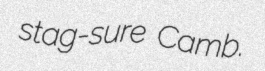
stag-sure Camb.